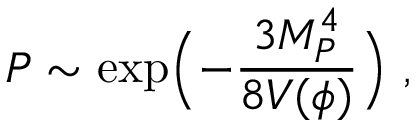
P \sim \exp \Bigl ( - { \frac { 3 M _ { P } ^ { 4 } } { 8 V ( \phi ) } } \Bigr ) \ ,